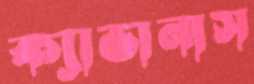
ক্যাভানাস